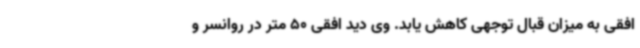
افقی به میزان قبال توجهی کاهش یابد. وی دید افقی 50 متر در روانسر و